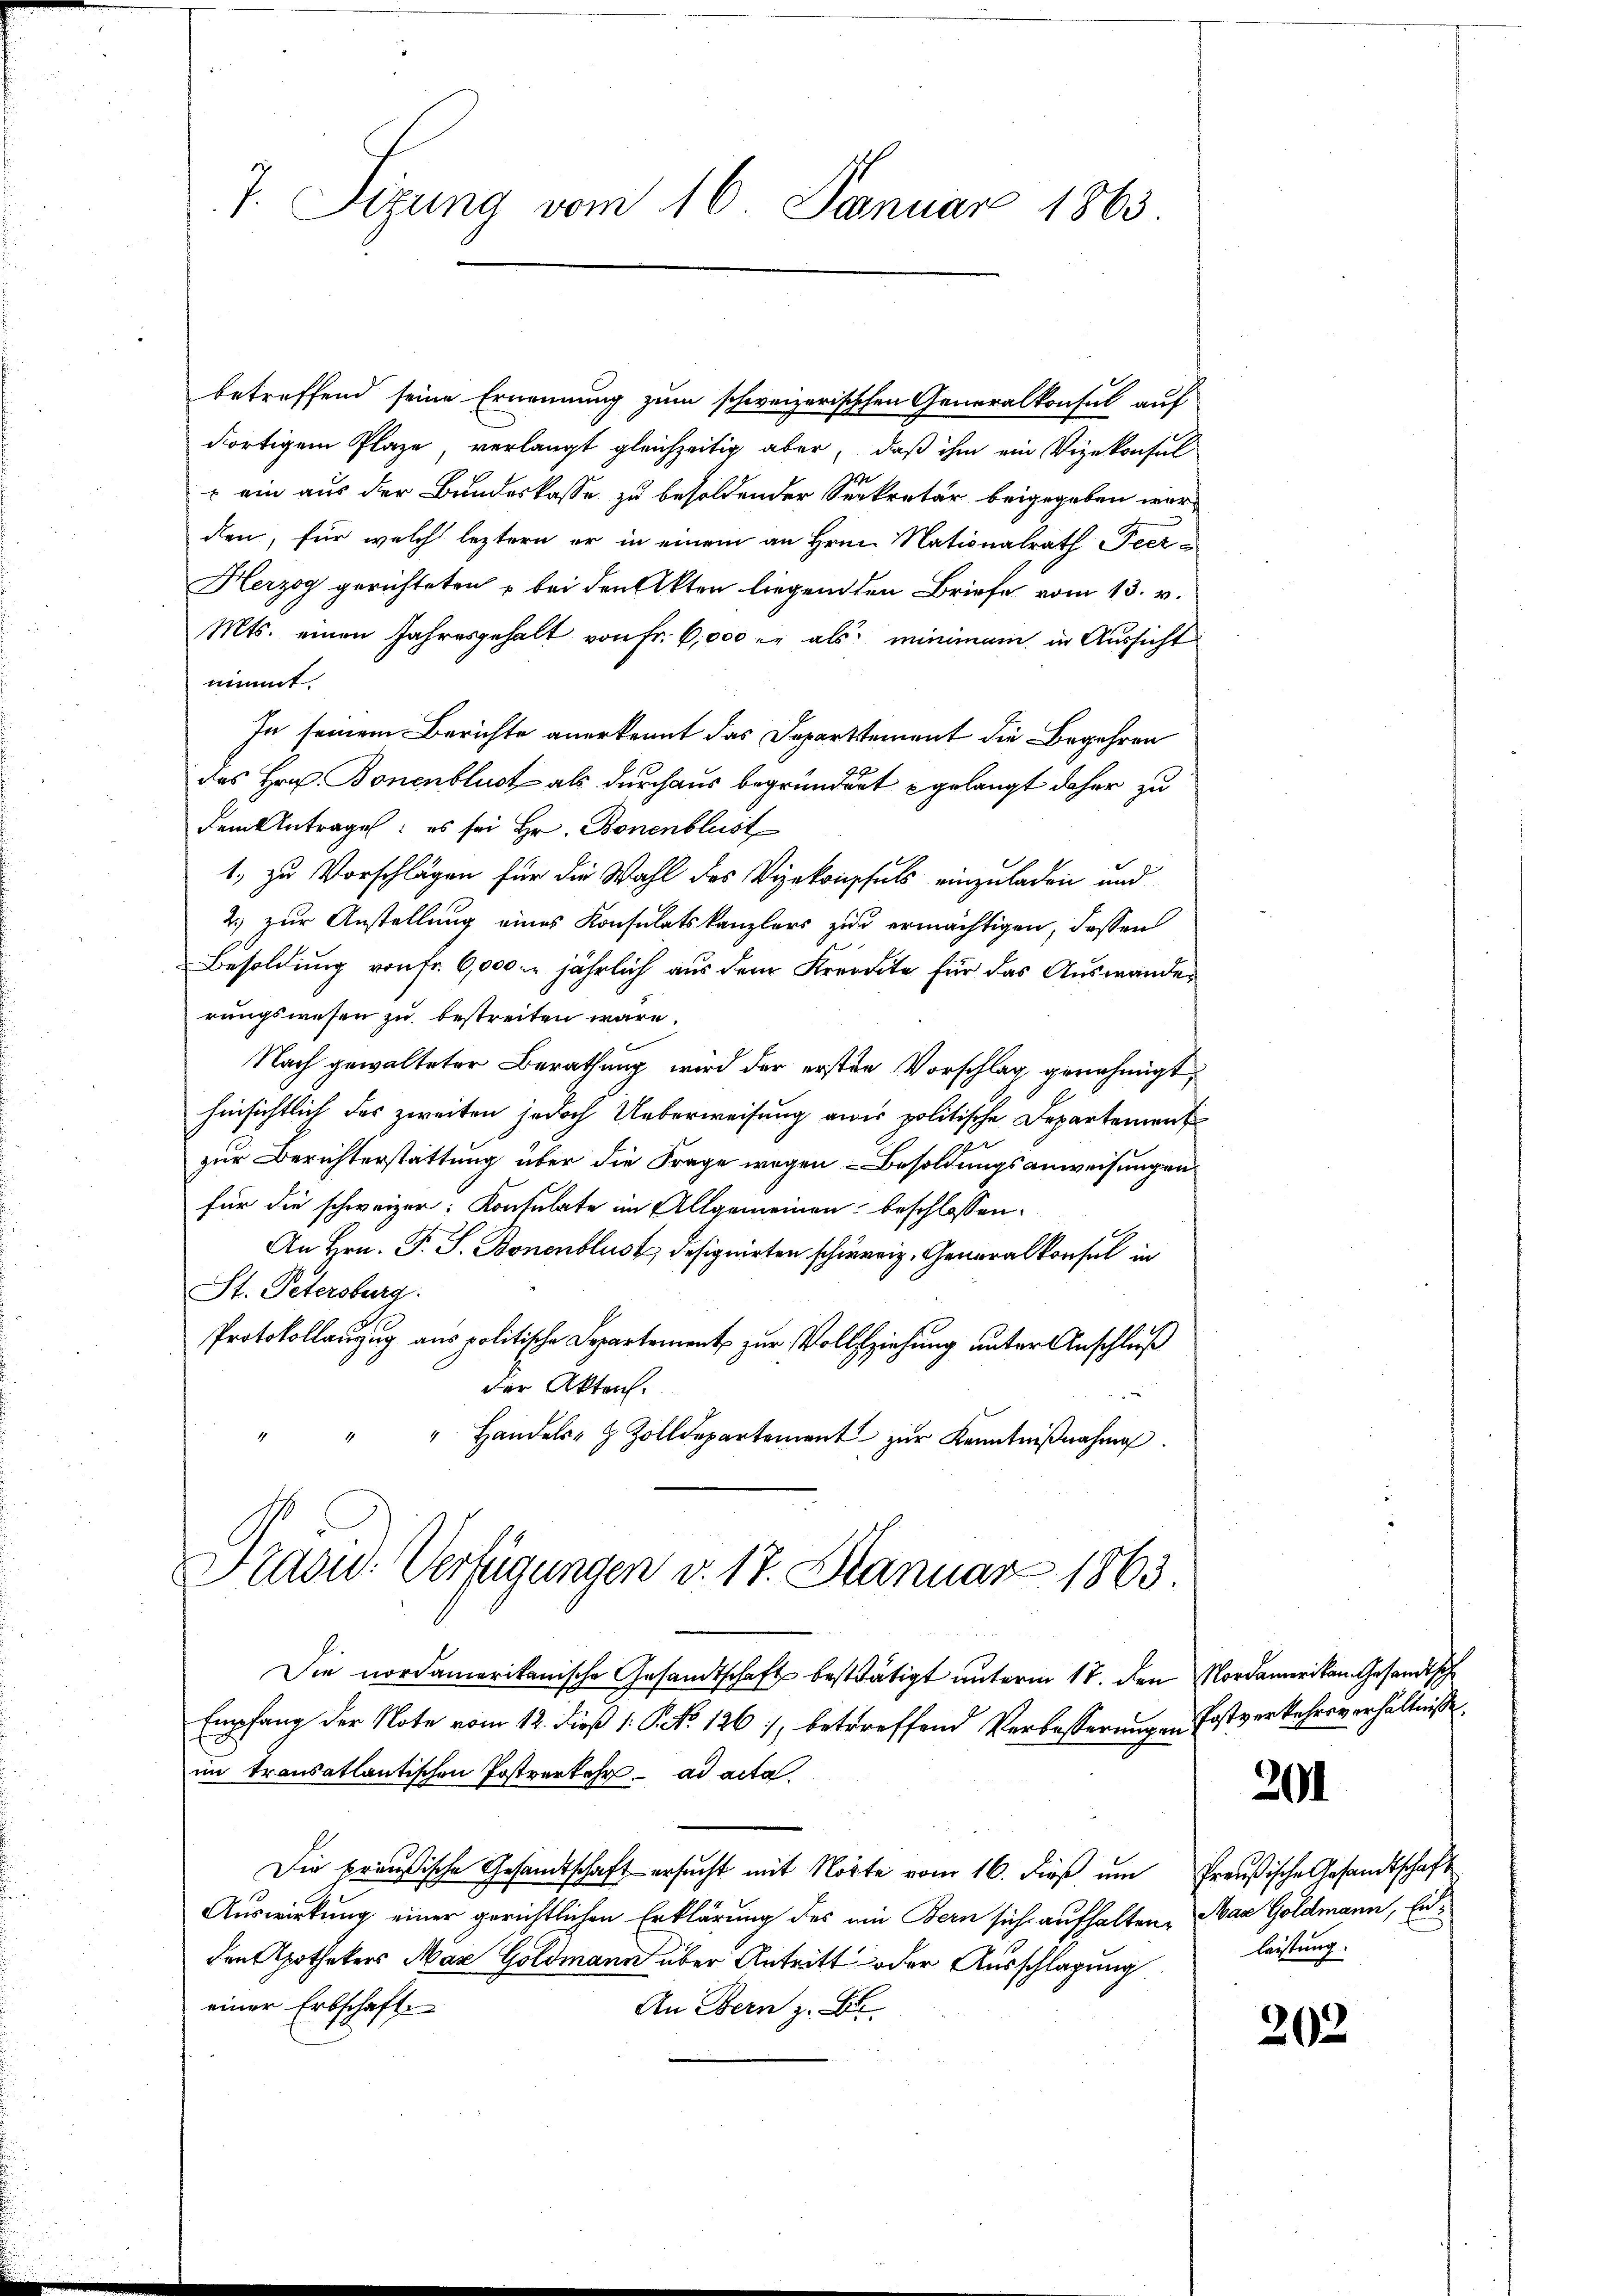
7. Sizung vom 16. Januar 1863

betreffend seine Ernennung zum schweizerischchen Generalkonsul auf
dortigem Plaze, verlangt gleichzeitig aber, daß ihm ein Vizekonsul
 ein aus der Bundeskasse zu besoldender Seekretär beigegeben werden, für welch leztern er in einem an Hrn. Nationalrath Peer¬
Herzog gerichteten u bei den Akten liegenden Briefe vom 13. v.
Mts. einen Jahresgehalt von Fr. 6,000 er als minimam in Aussicht
nimmt.
In seinem Berichte anerkennt das Departtement die Begehren
des Hrn. Bonenblust als durchaus begründent gelangt daher zu
dem Antragen: es sei Hr. Bonenblust
1, zu Vorschlägen für die Wahl des Vizekonsuls einzuladen und
2.) zur Anstellung eines Konsulatskanzlers zur ermächtigen, dassen
Besoldŭng von fr. 6,000. jährlich aus dem Kredite für das Auswande
rungswesen zu bestreiten wäre.
Nach gewalteter Berathung wird der ersten Vorschlag genehmigt,
hinsichtlich des zweiten jedoch Ueberweisung aner politische Departement
zur Berichterstattung über die Frage wegen Besoldungsanweisungen
für die schweizer: Konsulate im Allgemeinen beschlossen:
An Hrn. F. S. Bonenblust designirten schweiz. Generalkonsul in
St. Petersburg.
Protokollanzug aus politische Departement zur Vollziehung unter Anschluß
der Akten.
" Handels- & Zolldepartement zŭr Kenntniβnahme

Nidou: Verfügungen v. 17. Januar 1863

Die nordamerikanische Gesandtschaft besttätigt unterm 17. den Nordamerikan Gesandtsch
Empfang der Note vom 12. dieß 1. P. NNo. 1261, betreffend Verbesserungen Postverkehrsverhältniße.
im transatlantischen Postverkehr. ad acta.
Die preußische Gesandtschaft ersucht mit Nörte vom 16. dieß um Preußische Gesandtschaft
Auswirkung einer gerichtlichen Erklärung des ein Bern sich aufhalten. War Goldmann, Endden Apothekers Maz Goldmann über Antritt oder Ausschlagung
einer Erbschaft
An Bern z. B.

201

leistung.

202